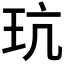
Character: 𪻑